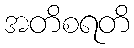
အတိစရတိ